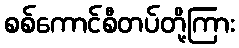
စစ်ကောင်စီတပ်တို့ကြား